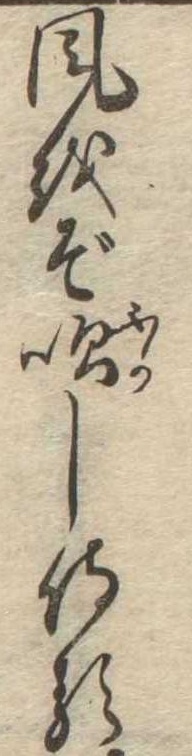
風をぞ吹し侍る